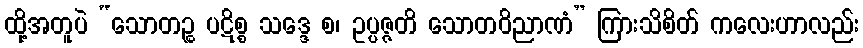
ထို့အတူပဲ “သောတဉ္စ ပဋိစ္စ သဒ္ဒေ စ၊ ဥပ္ပဇ္ဇတိ သောတဝိညာဏံ” ကြားသိစိတ် ကလေးဟာလည်း